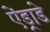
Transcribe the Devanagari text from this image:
ऐंड्राडे